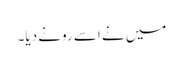
میں نے اسے رونے دیا۔